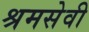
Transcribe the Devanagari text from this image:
श्रमसेवी